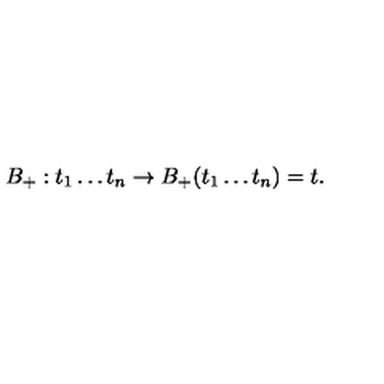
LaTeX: B _ { + } : t _ { 1 } \ldots t _ { n } \to B _ { + } ( t _ { 1 } \ldots t _ { n } ) = t .